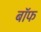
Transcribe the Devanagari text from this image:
बाॅफ